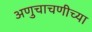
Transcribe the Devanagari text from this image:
अणुचाचणीच्या